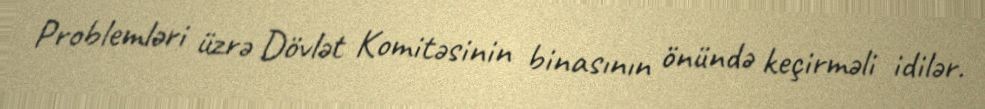
Problemləri üzrə Dövlət Komitəsinin binasının önündə keçirməli idilər.